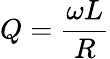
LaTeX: Q={\frac{\omega L}{R}}